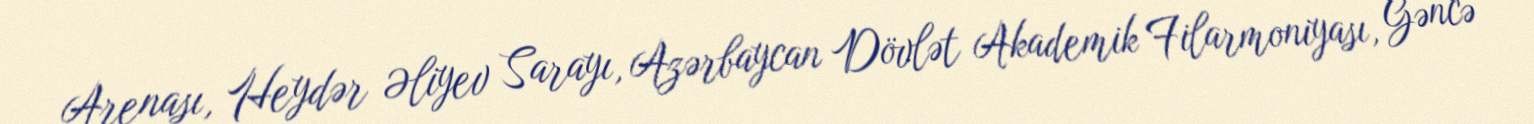
Arenası, Heydər Əliyev Sarayı, Azərbaycan Dövlət Akademik Filarmoniyası, Gəncə